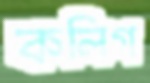
কলিগ